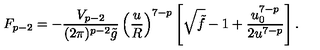
F _ { p - 2 } = - \frac { V _ { p - 2 } } { ( 2 \pi ) ^ { p - 2 } \tilde { g } } \left( \frac { u } { R } \right) ^ { 7 - p } \left[ \sqrt { \tilde { f } } - 1 + \frac { u _ { 0 } ^ { 7 - p } } { 2 u ^ { 7 - p } } \right] .